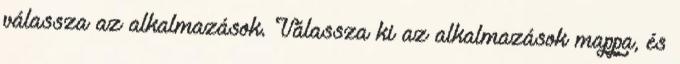
válassza az alkalmazások. Válassza ki az alkalmazások mappa, és